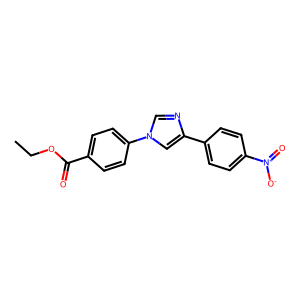
SMILES: CCOC(=O)c1ccc(-n2cnc(-c3ccc([N+](=O)[O-])cc3)c2)cc1
Inhibits HIV replication: Yes